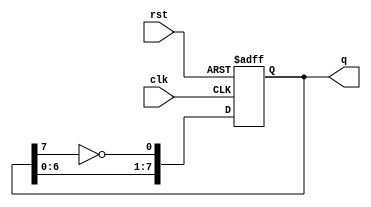
module johnson_counter (
    input wire clk,      // Clock input
    input wire rst,      // Reset input
    output reg [7:0] q   // 8-bit output
);

// Sequential logic for the Johnson counter
always @(posedge clk or posedge rst) begin
    if (rst) begin
        // Reset the counter to 00000000
        q <= 8'b00000000;
    end else begin
        // Johnson counter logic
        q[0] <= ~q[7]; // Invert the last flip-flop output and feed to the first
        q[1] <= q[0];  // Shift the values
        q[2] <= q[1];
        q[3] <= q[2];
        q[4] <= q[3];
        q[5] <= q[4];
        q[6] <= q[5];
        q[7] <= q[6];
    end
end

endmodule